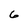
Character: 6